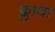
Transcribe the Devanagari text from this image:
फ्लावा